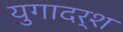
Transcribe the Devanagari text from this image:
युगादर्श